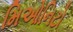
મિઓનિટો